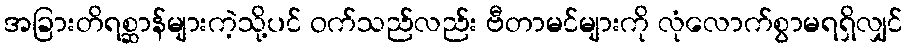
အခြားတိရစ္ဆာန်များကဲ့သို့ပင် ဝက်သည်လည်း ဗီတာမင်များကို လုံလောက်စွာမရရှိလျှင်